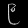
Digit: ၉